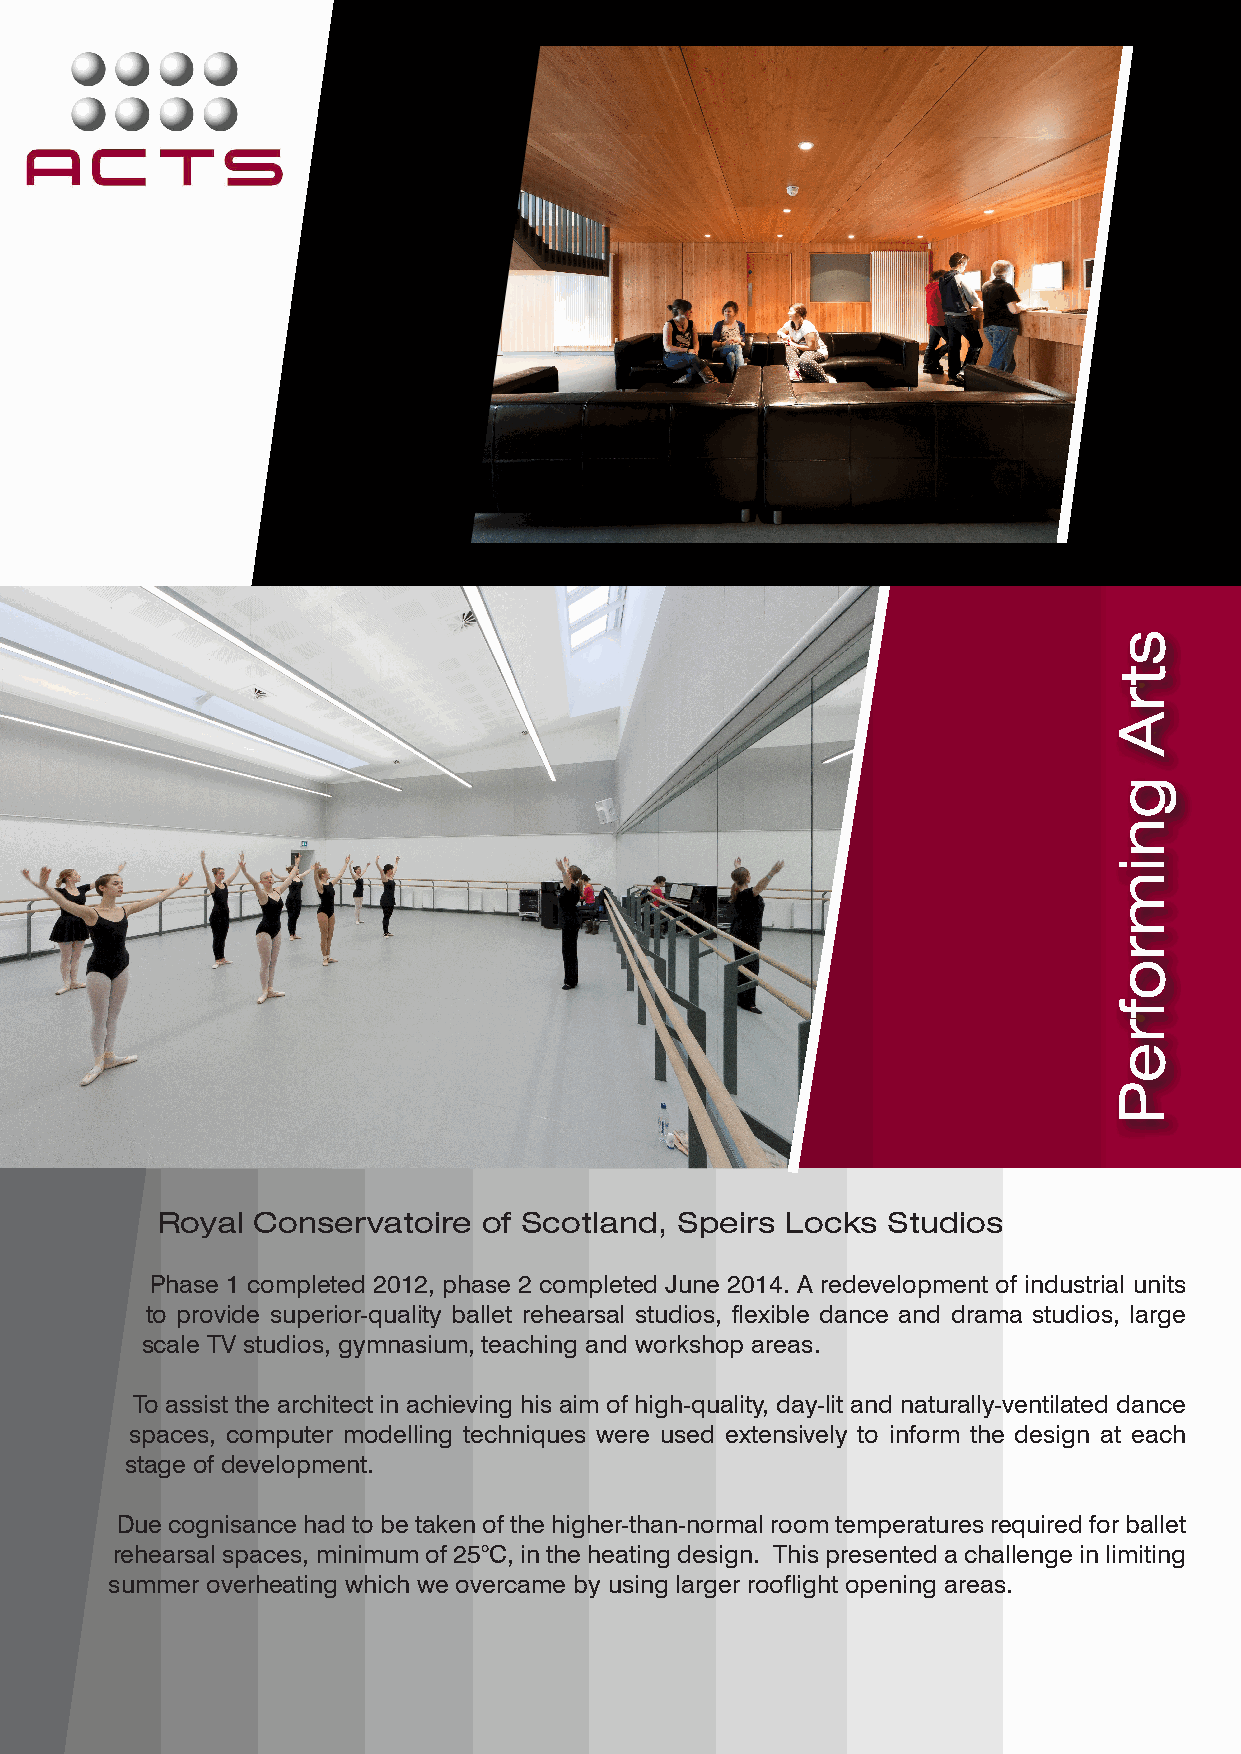
Royal  Conservatoire  of Scotland, Speirs Locks  Studios
 Phase 1 completed 2012, phase 2 completed June 2014. A redevelopment of industrial units
 to provide superior-quality ballet rehearsal studios, flexible dance and drama studios, large
 scale TV studios, gymnasium, teaching and workshop areas.
 To assist the architect in achieving his aim of high-quality, day-lit and naturally-ventilated dance
 spaces, computer modelling techniques were used extensively to inform the design at each
 stage of development.
 Due cognisance had to be taken of the higher-than-normal room temperatures required for ballet
 rehearsal spaces, minimum of 25°C, in the heating design. This presented a challenge in limiting
 summer overheating which we overcame by using larger rooflight opening areas.
 strA
 gnimrofreP